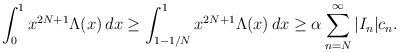
LaTeX: \begin{align*} \int_0^1 x^{2N+1} \Lambda(x) \, dx \geq \int_{1-1/N}^1 x^{2N+1} \Lambda(x) \, dx \geq \alpha \sum_{n = N}^\infty |I_n| c_n. \end{align*}